Proceedings of the meeting of veterinary officers in India
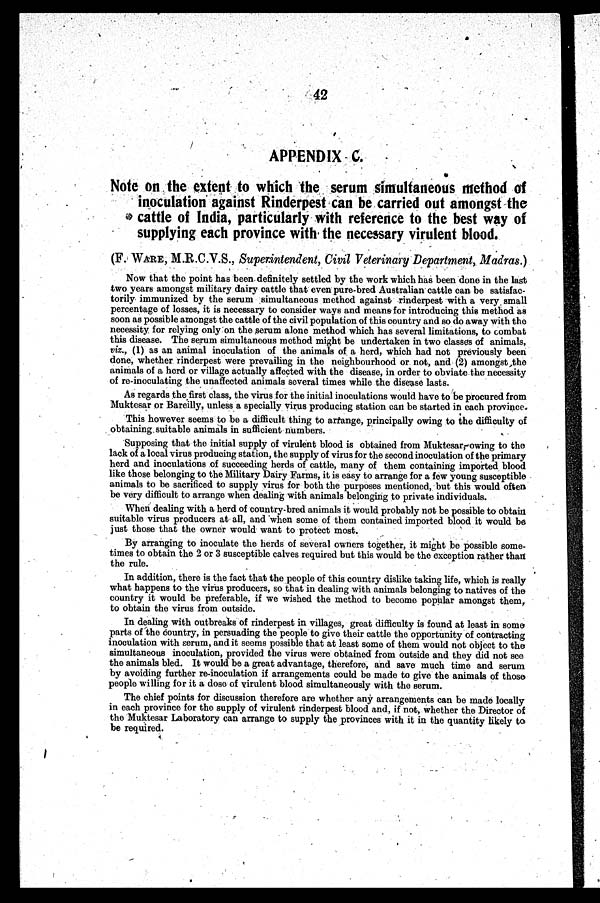
42
APPENDIX C.
Note on the extent to which the serum simultaneous method of
inoculation against Rinderpest can be carried out amongst the
cattle of India, particularly with reference to the best way of
supplying each province with the necessary virulent blood.
(F. WARE, M.R.C.V.S., Superintendent, Civil Veterinary Department, Madras.)
Now that the point has been definitely settled by the work which has been done in the last
two years amongst military dairy cattle that even pure-bred Australian cattle can be satisfac-
torily immunized by the serum simultaneous method against rinderpest with a very small
percentage of losses, it is necessary to consider ways and means for introducing this method as
soon as possible amongst the cattle of the civil population of this country and so do away with the
necessity for relying only on the serum alone method which has several limitations, to combat
this disease. The serum simultaneous method might be undertaken in two classes of animals,
viz., (1) as an animal inoculation of the animals of a herd, which had not previously been
done, whether rinderpest were prevailing in the neighbourhood or not, and (2) amongst the
animals of a herd or village actually affected with the disease, in order to obviate the necessity
of re-inoculating the unaffected animals several times while the disease lasts.
As regards the first class, the virus for the initial inoculations would have to be procured from
Muktesar or Bareilly, unless a specially virus producing station can be started in each province.
This however soems to be a difficult thing to arrange, principally owing to the difficulty of
obtaining suitable animals in sufficient numbers.
Supposing that the initial supply of virulent blood is obtained from Muktcsar, owing to the
lack of a local virus producing station, the supply of virus for the second inoculation of the primary
herd and inoculations of succeeding herds of cattle, many of them containing imported blood
like those belonging to the Military Dairy Farms, it is easy to arrange for a few young susceptible
animals to be sacrificed to supply virus for both the purposes mentioned, but this would often
be very difficult to arrange when dealing with animals belonging to private individuals.
When dealing with a herd of country-bred animals it would probably not be possible to obtain
suitable virus producers at all, and when some of them contained imported blood it would be
just those that the owner would want to protect most.
By arranging to inoculate the herds of several owners together, it might be possible some-
times to obtain the 2 or 3 susceptible calves required but this would be the exception rather than
the rule.
In addition, there is the fact that the people of this country dislike taking life, which is really
what happens to the virus producers, so that in dealing with animals belonging to natives of the
country it would be preferable, if we wished the method to become popular amongst them,
to obtain the virus from outside.
In dealing with outbreaks of rinderpest in villages, groat difficulty is found at least in some
parts of the country, in persuading the people to give their cattle the opportunity of contracting
inoculation with sorum, and it seems possible that at least some of them would not object to the
simultaneous inoculation, provided the virus were obtained from outside and they did not see
the animals bled. It would bo a great advantage, therefore, and save much time and serum
by avoiding further re-inoculation if arrangements could be made to give the animals of those
people willing for it a dose of virulent blood simultaneously with the serum.
The chief points for discussion therefore are whether any arrangements can bo made locally
in each province for the supply of virulent rinderpest blood and, if not, whether the Director of
the Muktesar Laboratory can arrange to supply the provinces with it in the quantity likely to
be required.